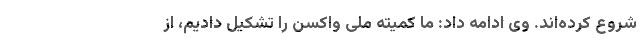
شروع کرده‌اند. وی ادامه داد: ما کمیته ملی واکسن را تشکیل دادیم، از